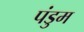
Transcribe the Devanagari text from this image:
पंडुम